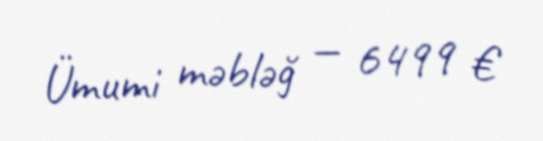
Ümumi məbləğ — 6499 €